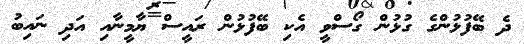
ދެ ބޭފުޅުންގެ ގުޅުން ގޯސްވީ އެކި ބޭފުޅުން ރައީސް ޔާމީނާއި އަދި ނައިބު